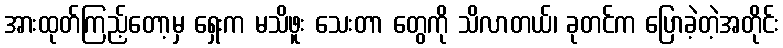
အားထုတ်ကြည့်တော့မှ ရှေးက မသိဖူး သေးတာ တွေကို သိလာတယ်၊ ခုတင်က ပြောခဲ့တဲ့အတိုင်း